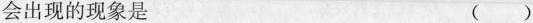
会出现的现象是 ( )